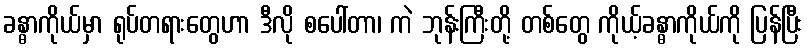
ခန္ဓာကိုယ်မှာ ရုပ်တရားတွေဟာ ဒီလို စပေါ်တာ၊ ကဲ ဘုန်းကြီးတို့ တစ်တွေ ကိုယ့်ခန္ဓာကိုယ်ကို ပြန်ပြီး